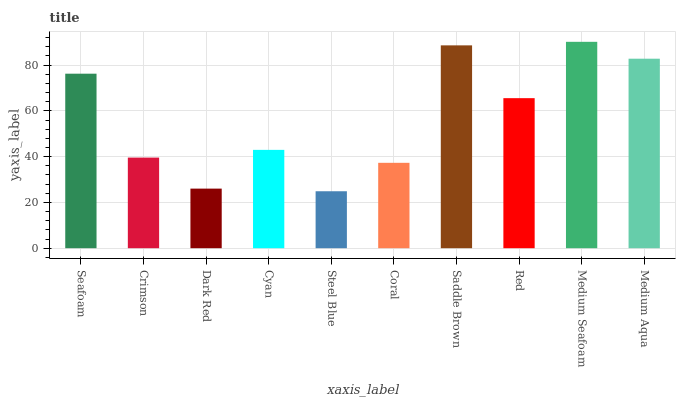
| xaxis_label | bars |
 | --- | --- |
 | Seafoam | 76.2 |
 | Crimson | 39.6 |
 | Dark Red | 26 |
 | Cyan | 43 |
 | Steel Blue | 24.9 |
 | Coral | 37.3 |
 | Saddle Brown | 88.6 |
 | Red | 65.5 |
 | Medium Seafoam | 90.2 |
 | Medium Aqua | 82.8 |